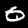
Digit: 0